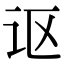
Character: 讴